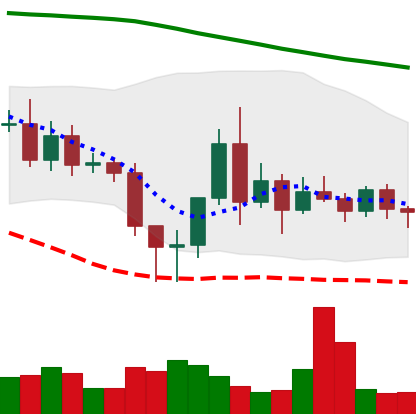
Ticker: ETC-USD
Chart end date: 2020-11-15
Forward return: 20.355%
Label: up_7plus